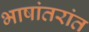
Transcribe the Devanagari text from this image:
भाषांतरांत